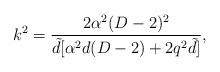
LaTeX: \begin{align*}k^{2}=\frac{2\alpha^{2} (D-2)^{2}}{{\tilde d}[\alpha ^{2}d(D-2)+2q^{2}{\tilde d}]}, \end{align*}